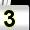
Digit: 3